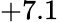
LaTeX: +7.1